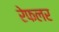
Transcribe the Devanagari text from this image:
रेफलर